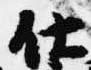
仕